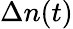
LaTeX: \Delta n(t)